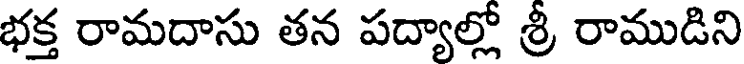
భక్త రామదాసు తన పద్యాల్లో శ్రీ రాముడిని